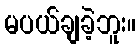
မပယ်ချခဲ့ဘူး။